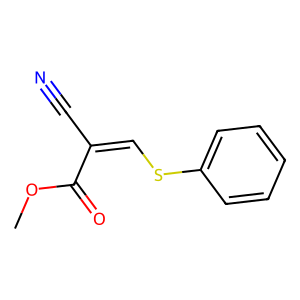
SMILES: COC(=O)C(C#N)=CSc1ccccc1
Inhibits HIV replication: No